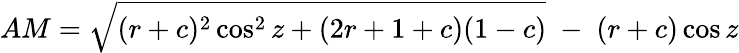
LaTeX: AM={\sqrt{(r+c)^{2}\cos^{2}z+(2r+1+c)(1-c)}}\; -\; (r+c)\cos z